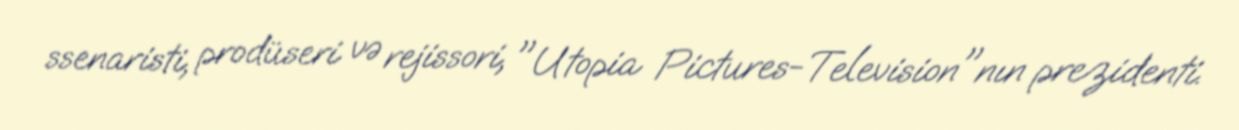
ssenaristi, prodüseri və rejissori, "Utopia Pictures-Television"nın prezidenti.